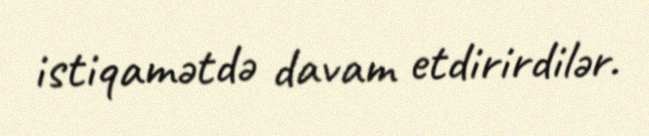
istiqamətdə davam etdirirdilər.